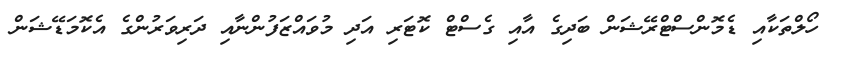
ހޯލްތަކާއި ޑެމޮންސްޓްރޭޝަން ބަދިގެ އާއި ގެސްޓް ކޮޓަރި އަދި މުވައްޒަފުންނާއި ދަރިވަރުންގެ އެކޮމަޑޭޝަން